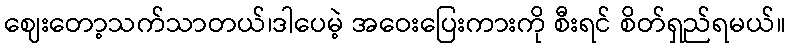
ဈေးတော့သက်သာတယ်၊ဒါပေမဲ့ အဝေးပြေးကားကို စီးရင် စိတ်ရှည်ရမယ်။